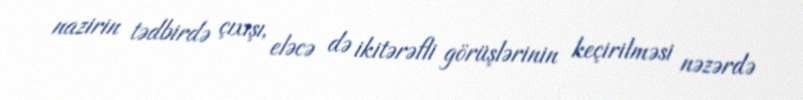
nazirin tədbirdə çıxışı, eləcə də ikitərəfli görüşlərinin keçirilməsi nəzərdə